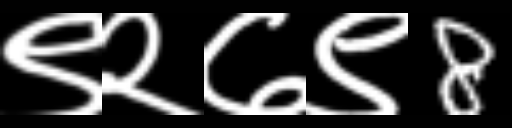
Text: ९२७९8